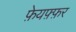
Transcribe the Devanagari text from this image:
फ़ेयफ़्फ़र